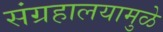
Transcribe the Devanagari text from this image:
संग्रहालयामुळे